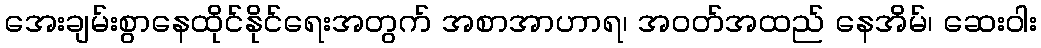
အေးချမ်းစွာနေထိုင်နိုင်ရေးအတွက် အစာအာဟာရ၊ အဝတ်အထည် နေအိမ်၊ ဆေးဝါး